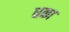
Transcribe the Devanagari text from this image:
धका